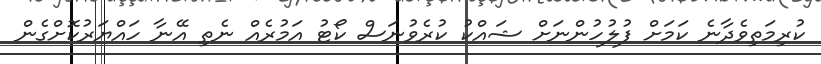
ކުރިމަތިވެދާނެ ކަމަށް ފުލުހުންނަށް ޝައްކު ކުރެވުނަސް ކޯޓު އަމުރެއް ނެތި އޭނާ ހައްޔަރުކޮށްގެން